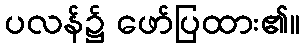
ပလန်၌ ဖော်ပြထား၏။